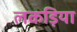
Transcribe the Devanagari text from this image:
लकड़िया